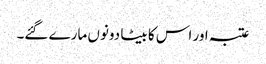
عتبہ اور اس کا بیٹا دونوں مارے گئے۔